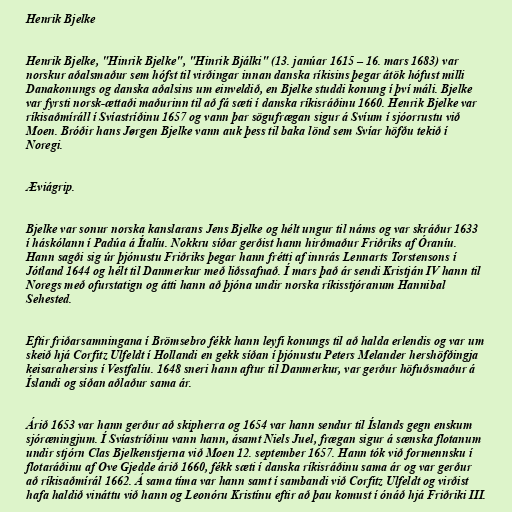
Henrik Bjelke

Henrik Bjelke, "Hinrik Bjelke", "Hinrik Bjálki" (13. janúar 1615 – 16. mars 1683) var
norskur aðalsmaður sem hófst til virðingar innan danska ríkisins þegar átök hófust milli
Danakonungs og danska aðalsins um einveldið, en Bjelke studdi konung í því máli. Bjelke
var fyrsti norsk-ættaði maðurinn til að fá sæti í danska ríkisráðinu 1660. Henrik Bjelke var
ríkisaðmíráll í Svíastríðinu 1657 og vann þar sögufrægan sigur á Svíum í sjóorrustu við
Moen. Bróðir hans Jørgen Bjelke vann auk þess til baka lönd sem Svíar höfðu tekið í
Noregi.

Æviágrip.

Bjelke var sonur norska kanslarans Jens Bjelke og hélt ungur til náms og var skráður 1633
í háskólann í Padúa á Ítalíu. Nokkru síðar gerðist hann hirðmaður Friðriks af Óraníu.
Hann sagði sig úr þjónustu Friðriks þegar hann frétti af innrás Lennarts Torstensons í
Jótland 1644 og hélt til Danmerkur með liðssafnað. Í mars það ár sendi Kristján IV hann til
Noregs með ofurstatign og átti hann að þjóna undir norska ríkisstjóranum Hannibal
Sehested.

Eftir friðarsamningana í Brömsebro fékk hann leyfi konungs til að halda erlendis og var um
skeið hjá Corfitz Ulfeldt í Hollandi en gekk síðan í þjónustu Peters Melander hershöfðingja
keisarahersins í Vestfalíu. 1648 sneri hann aftur til Danmerkur, var gerður höfuðsmaður á
Íslandi og síðan aðlaður sama ár.

Árið 1653 var hann gerður að skipherra og 1654 var hann sendur til Íslands gegn enskum
sjóræningjum. Í Svíastríðinu vann hann, ásamt Niels Juel, frægan sigur á sænska flotanum
undir stjórn Clas Bjelkenstjerna við Moen 12. september 1657. Hann tók við formennsku í
flotaráðinu af Ove Gjedde árið 1660, fékk sæti í danska ríkisráðinu sama ár og var gerður
að ríkisaðmírál 1662. Á sama tíma var hann samt í sambandi við Corfitz Ulfeldt og virðist
hafa haldið vináttu við hann og Leonóru Kristínu eftir að þau komust í ónáð hjá Friðriki III.